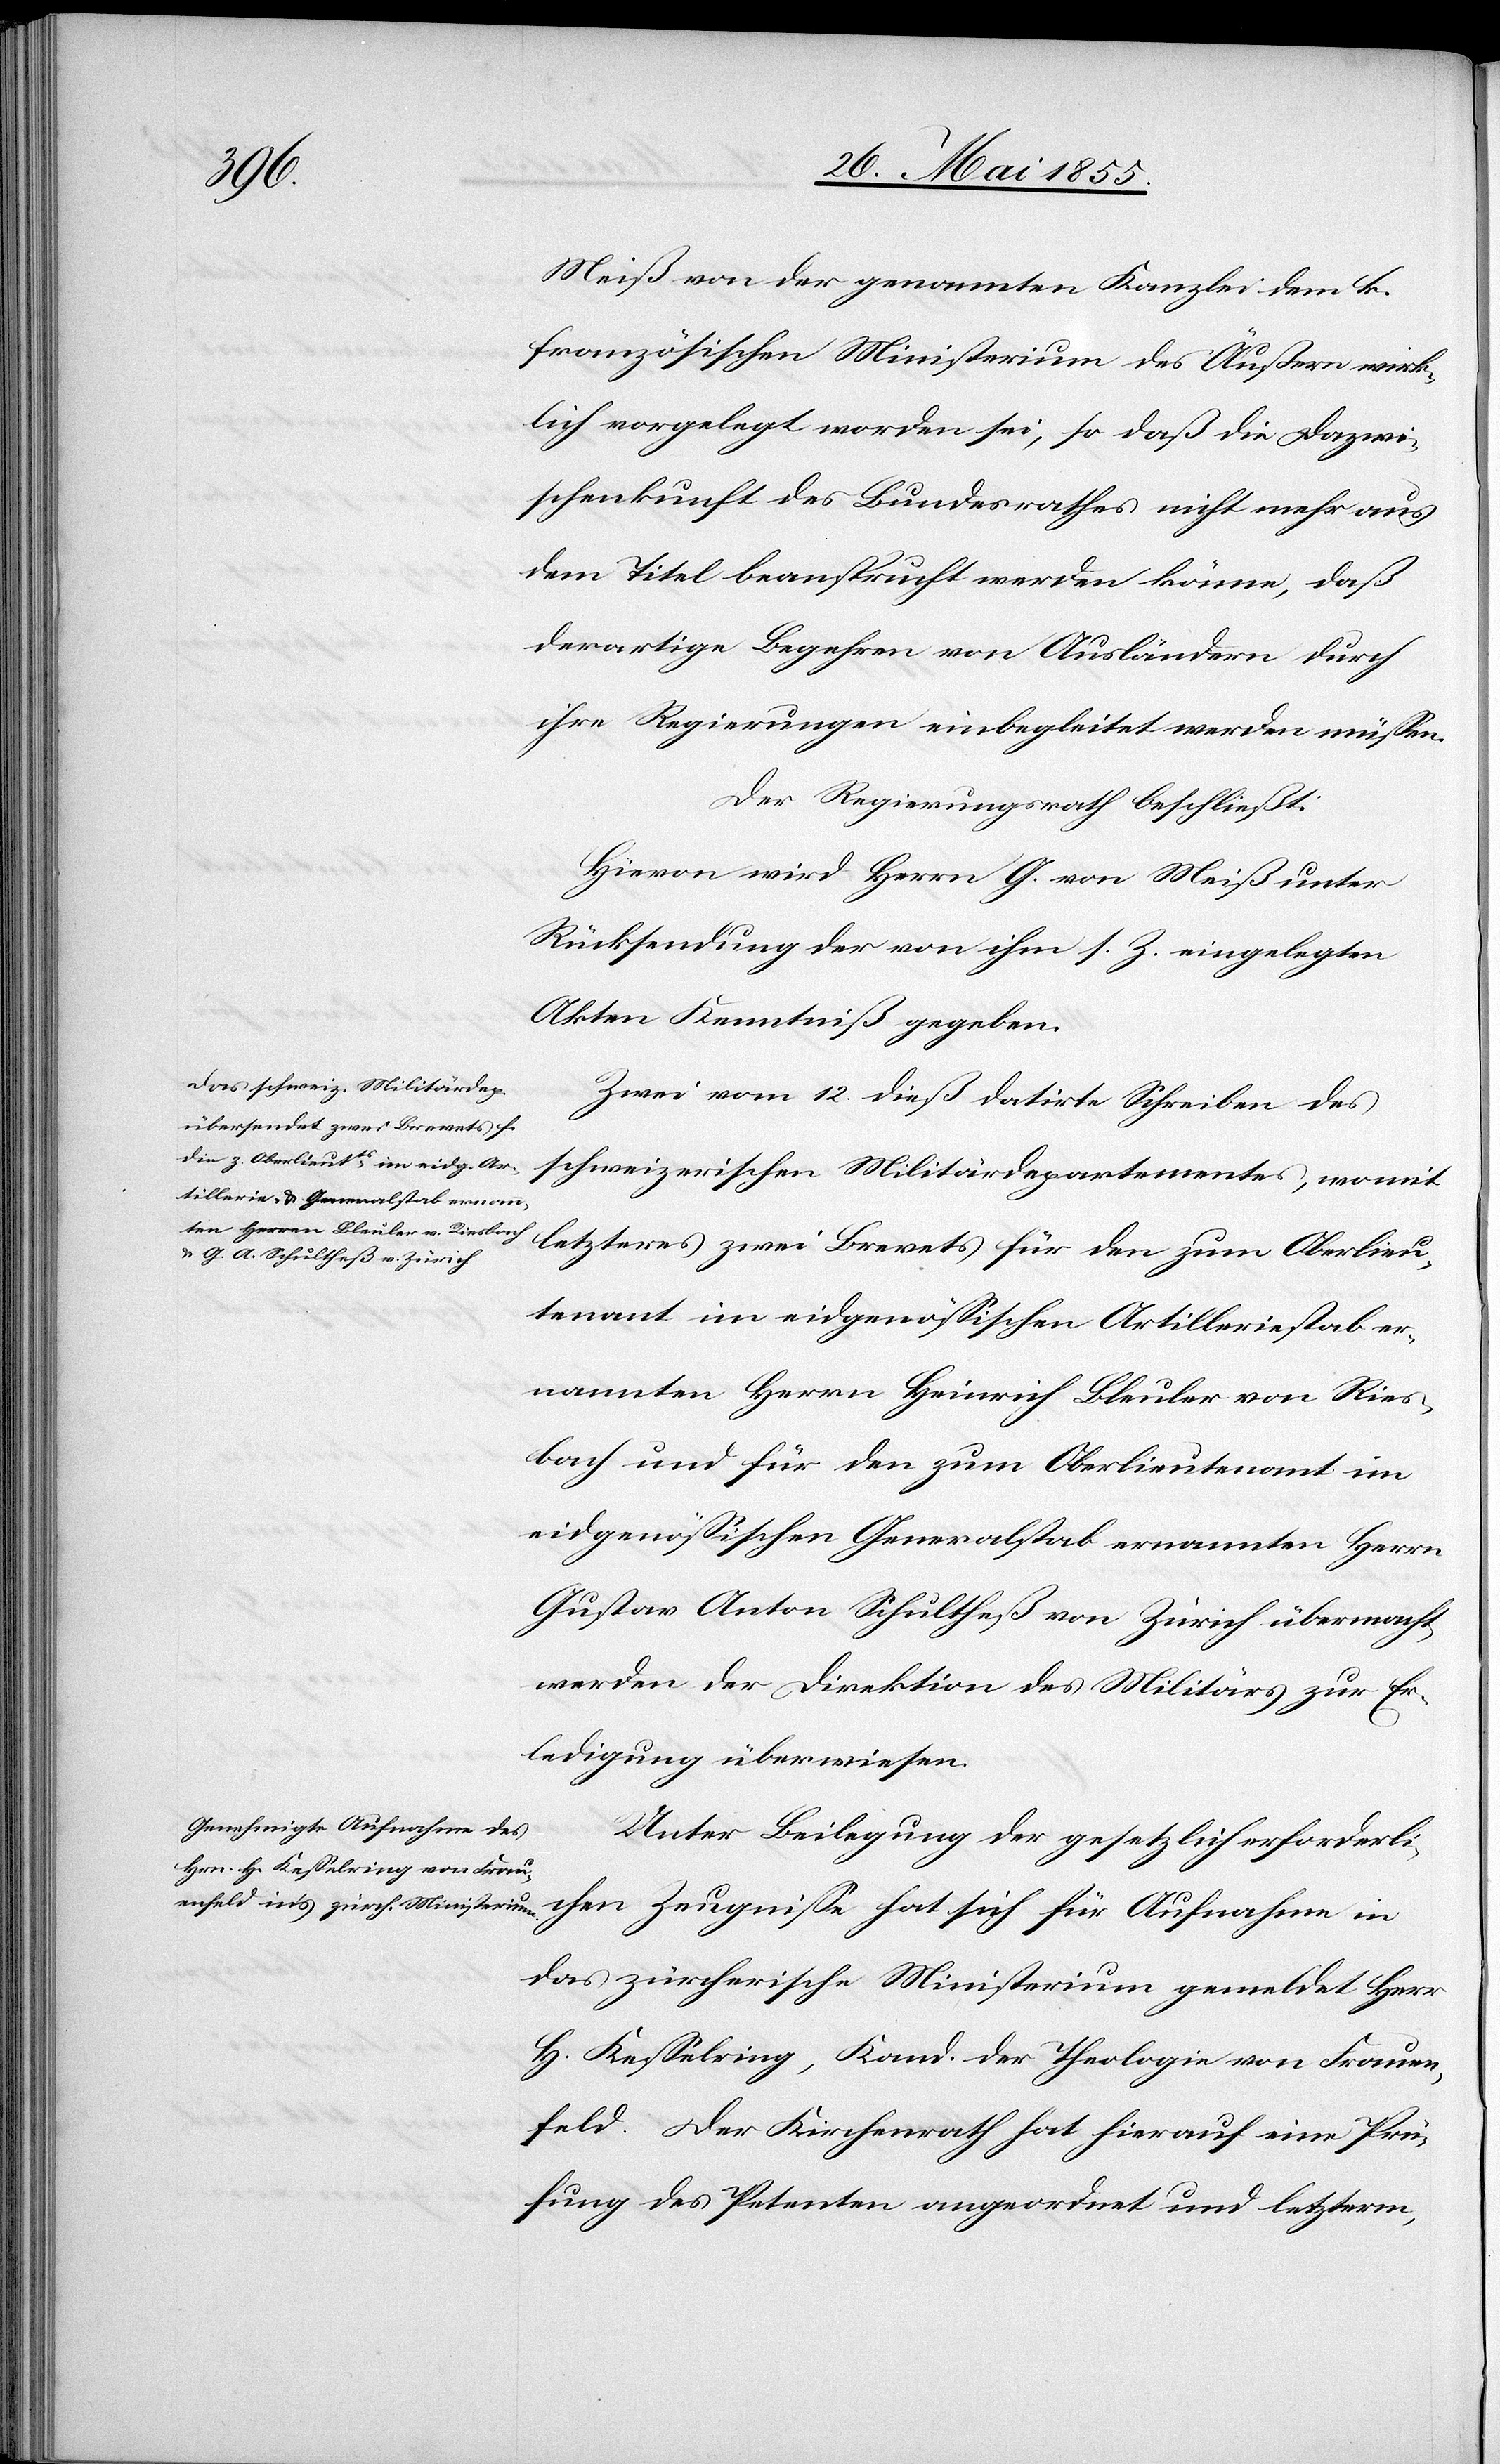
chen
Meiß von der genannten Kanzlei dem k.
französischen Ministerium des Äußern wirk¬
lich vorgelegt worden sei, so daß die Dazwi¬
schenkunft des Bundesrathes nicht mehr aus
dem Titel beansprucht werden könne, daß
derartige Begehren von Ausländern durch
ihre Regierungen einbegleitet werden müssen.
Der Regierungsrath beschließt:
Hievon wird Herrn G. von Meiß unter
Rücksendung der von ihm s. Z. eingelegten
Akten Kenntniß gegeben.
Zwei vom 12. dieß datirte Schreiben des
schweizerischen Militärdepartementes, womit
letzteres zwei Brevets für den zum Oberlieu¬
tenant im eidgenössischen Artilleriestab er¬
nannten Herrn Heinrich Bleuler von Ries¬
bach und für den zum Oberlieutenant im
eidgenössischen Generalstab ernannten Herrn
Gustav Anton Schultheß von Zürich übermacht,
werden der Direktion des Militärs zur Er¬
ledigung überwiesen.
Unter Beilegung der gesetzlich erforderli¬
das zürcherische Ministerium gemeldet Herr
H. Kesselring, Kand. der Theologie von Frauen¬
feld. Der Kirchenrath hat hierauf eine Prü¬
fung des Petenten angeordnet und letzterm,